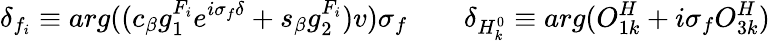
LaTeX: \delta_{f_{i}}\equiv arg((c_{\beta}g_{1}^{F_{i}}e^{i\sigma_{f}\delta}+s_{\beta}g_{2}^{F_{i}})v)\sigma_{f}\qquad\delta_{H_{k}^{0}}\equiv arg(O_{1k}^{H}+i\sigma_{f}O_{3k}^{H})